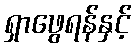
ရှာဖွေရန်နှင့်